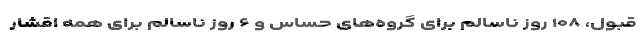
قبول، ۱۰۸ روز ناسالم برای گروه‌های حساس و ۶ روز ناسالم برای همه اقشار